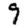
Digit: 9